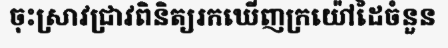
ចុះស្រាវជ្រាវពិនិត្យរកឃើញក្រយ៉ៅដៃចំនួន